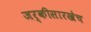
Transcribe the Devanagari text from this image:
जर्कीसारखेच